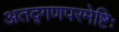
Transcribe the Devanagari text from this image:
अतद्गणपरमेष्टिः